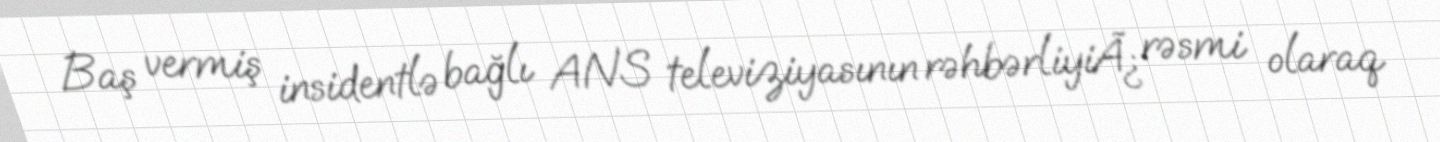
Baş vermiş insidentlə bağlı ANS televiziyasının rəhbərliyiÃ¿ rəsmi olaraq